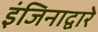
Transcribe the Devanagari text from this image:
इंजिनाद्वारे